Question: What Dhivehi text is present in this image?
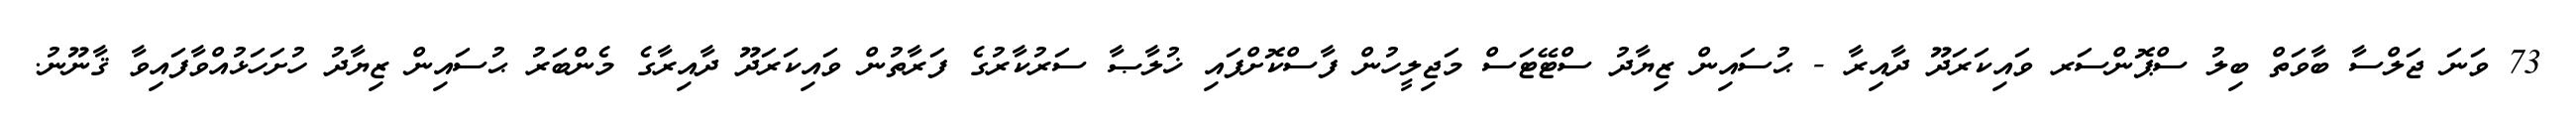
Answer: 73 ވަނަ ޖަލްސާ ބާވަތް ބިލު ސްޕޮންސަރ ވައިކަރަދޫ ދާއިރާ - ޙުސައިން ޒިޔާދު ސްޓޭޓަސް މަޖިލީހުން ފާސްކޮށްފައި ޚުލާޞާ ސަރުކާރުގެ ފަރާތުން ވައިކަރަދޫ ދާއިރާގެ މެންބަރު ޙުސައިން ޒިޔާދު ހުށަހަޅުއްވާފައިވާ ޤާނޫނު.